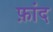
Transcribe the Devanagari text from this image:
फ़ांद